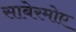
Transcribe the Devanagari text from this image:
साबेरमोए